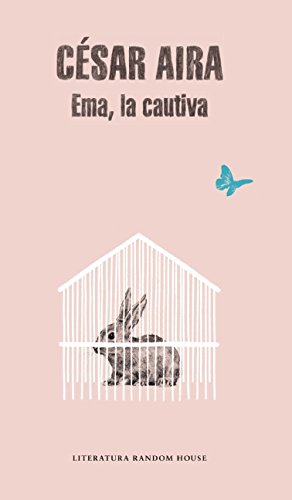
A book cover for Emma, la cautiva (Spanish Edition); CÃ©sar Aira; Literature & Fiction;